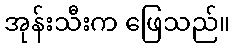
အုန်းသီးက ဖြေသည်။